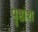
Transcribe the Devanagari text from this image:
पृष्ठांश